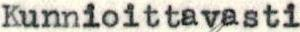
Kunnioittavasti